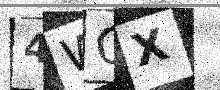
Text: 4WOX